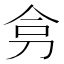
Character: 𭃟